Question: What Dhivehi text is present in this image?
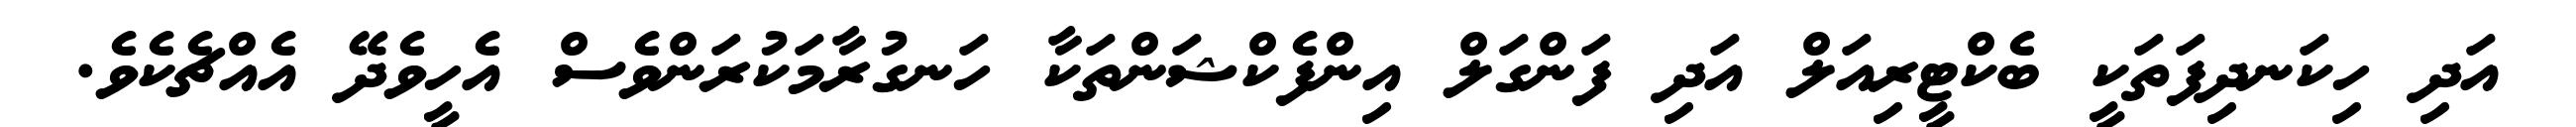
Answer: އަދި ހިކަނދިފަތަކީ ބެކްޓީރިއަލް އަދި ފަންގަލް އިންފެކްޝަންތަކާ ހަނގުރާމަކުރަންވެސް އެހީވެދޭ އެއްޗެކެވެ.